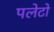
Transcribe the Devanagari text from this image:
पलेटो